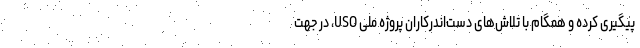
پیگیری کرده و همگام با تلاش‌های دست‌اندرکاران پروژه ملی USO، در جهت